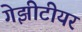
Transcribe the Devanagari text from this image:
गेझीटीयर